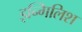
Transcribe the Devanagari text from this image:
इन्गिलिश